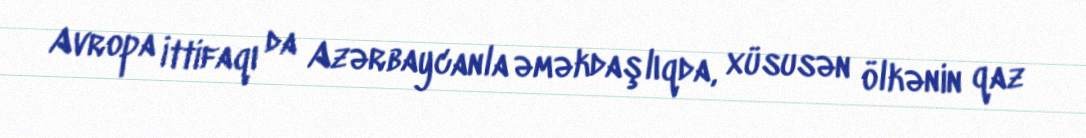
Avropa İttifaqı da Azərbaycanla əməkdaşlıqda, xüsusən ölkənin qaz